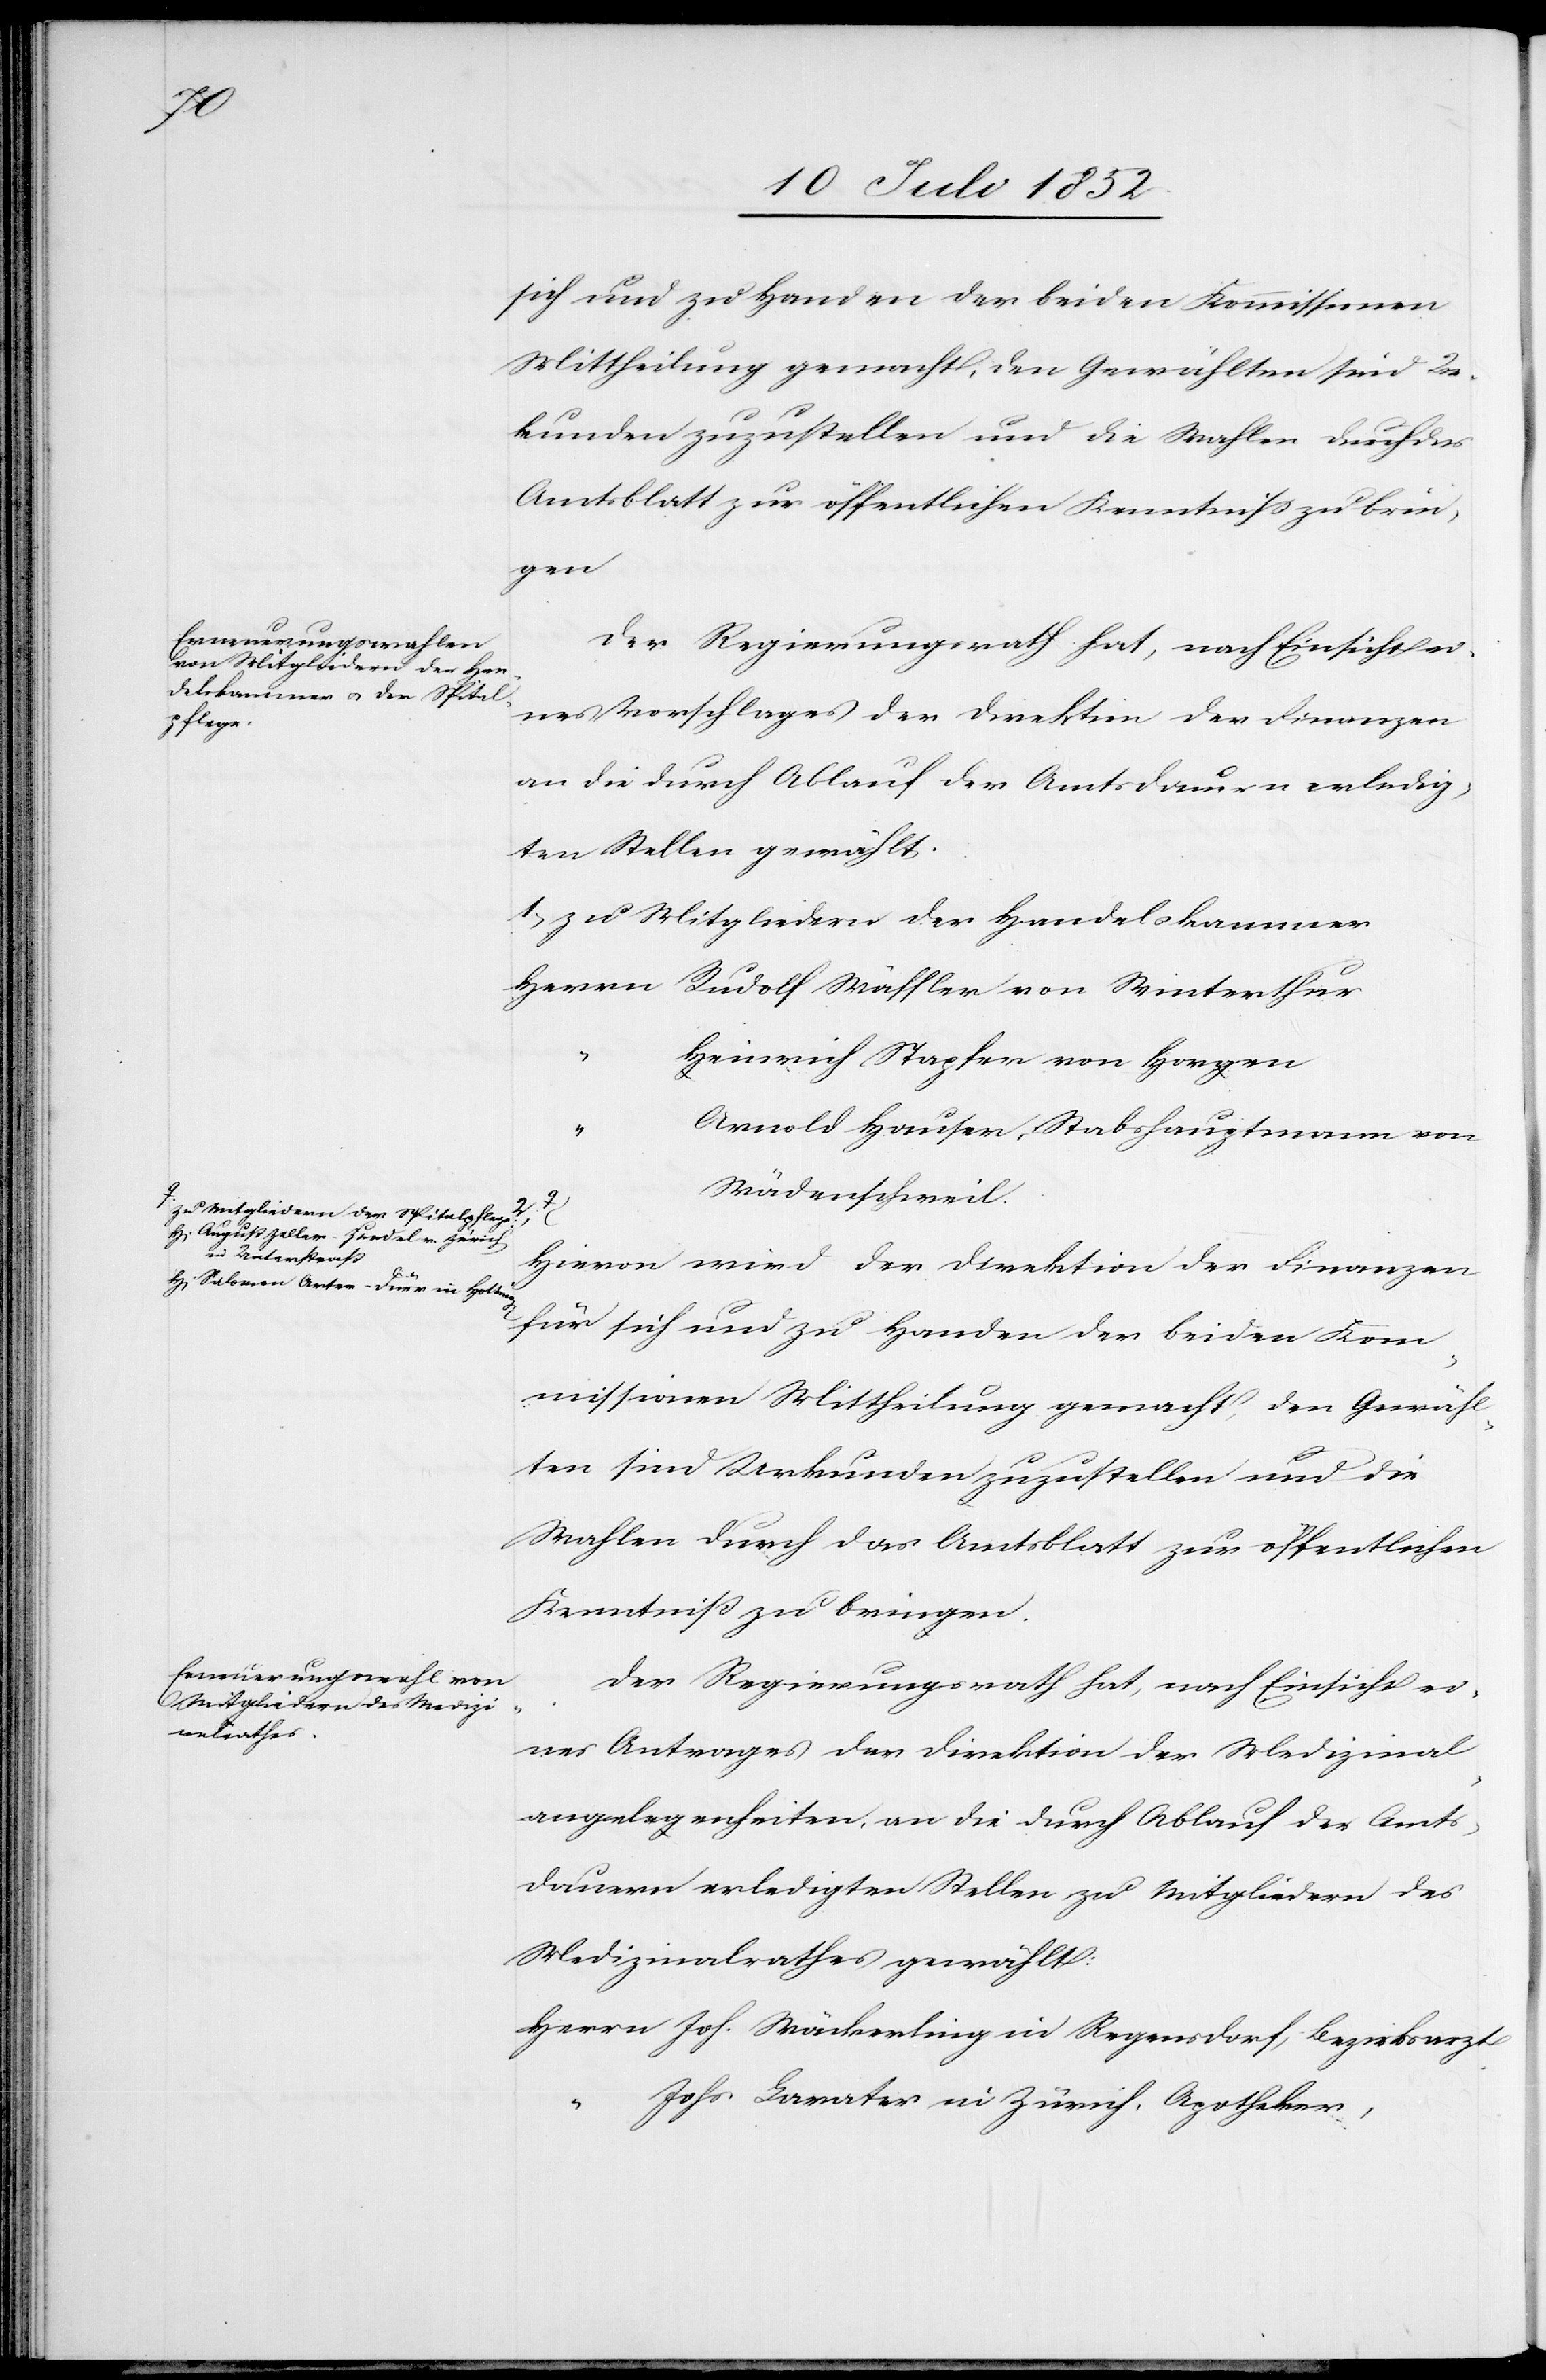
a-zu Mitgliedern der Spitalpflege:
August Zeller-Zundel v. Zürich
in Unterstraß

sich und zu Handen der beiden Kommissionen
Mittheilung gemacht, den Gewählten sind Ur¬
kunden zuzustellen und die Wahlen durch das
Amtsblatt zur öffentlichen Kenntniss zu brin¬
gen[.]
Der Regierungsrath hat, nach Einsicht ei¬
nes Vorschlages der Direktion der Finanzen
an die durch Ablauf der Amtsdauern erledig¬
ten Stellen gewählt.
zu Mitgliedern der Handelskammer
Herrn Rudolf Wäffler von Winterthur
Heinrich Stapfer von Horgen
Arnold Hauser, Stabshauptmann von
Wädenschweil.
2,
in
Hievon wird der Direktion der Finanzen
für sich und zu Handen der beiden Kom¬
missionen Mittheilung gemacht, den Gewähl¬
ten sind Urkunden zuzustellen und die
Wahlen durch das Amtsblatt zur öffentlichen
Kenntniß zu bringen.
Der Regierungsrath hat, nach Einsicht ei¬
nes Antrages der Direktion der Medizinal¬
angelegenheiten, an die durch Ablauf der Amts¬
dauern erledigten Stellen zu Mitgliedern des
Medizinalrathes gewählt:
Herrn Joh. Wäckerling in Regensdorf, Bezirksarzt
Johs Lavater in Zürich, Apotheker,